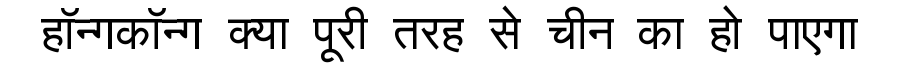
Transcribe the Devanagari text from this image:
हॉन्गकॉन्ग क्या पूरी तरह से चीन का हो पाएगा